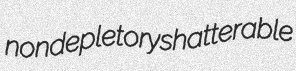
nondepletory shatterable